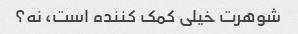
شوهرت خیلی کمک کننده است، نه؟